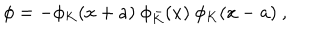
LaTeX: \phi = - \phi _ { K } ( x + a ) \ \phi _ { \bar { K } } ( x ) \ \phi _ { K } ( x - a ) \ ,